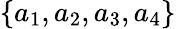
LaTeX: \{ a_{1},a_{2},a_{3},a_{4}\}